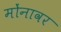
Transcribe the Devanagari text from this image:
मोंनावर